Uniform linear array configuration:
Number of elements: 24
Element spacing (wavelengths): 0.75
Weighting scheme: blackman
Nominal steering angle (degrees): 15
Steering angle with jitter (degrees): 13.226
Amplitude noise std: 0.05
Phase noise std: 0.05

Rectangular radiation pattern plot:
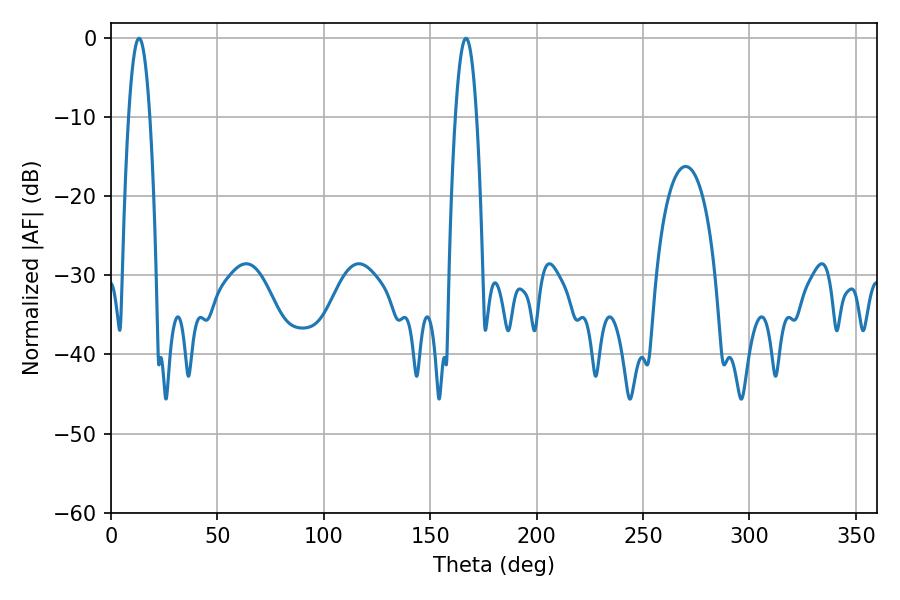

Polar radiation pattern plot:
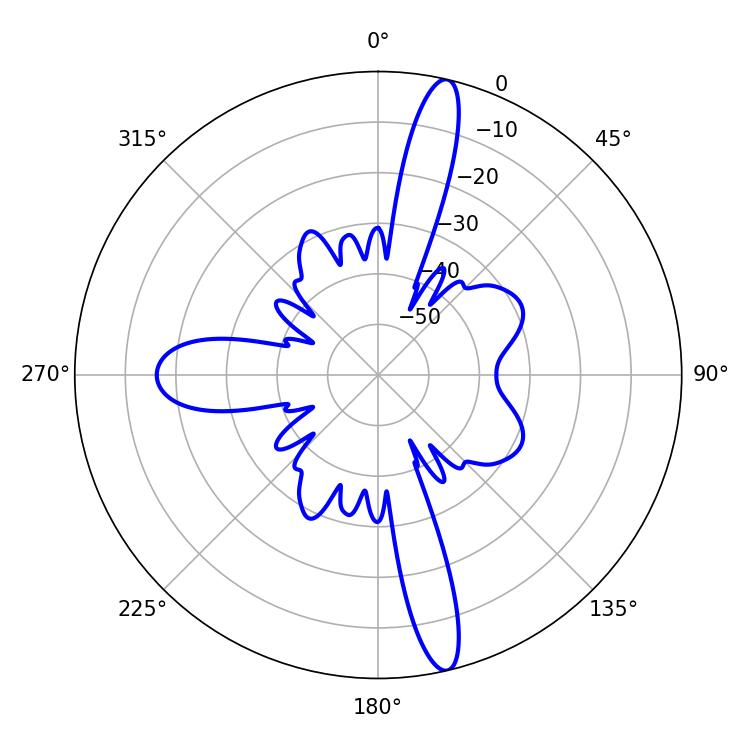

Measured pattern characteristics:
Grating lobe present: TRUE
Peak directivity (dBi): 16.798
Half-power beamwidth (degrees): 5.58
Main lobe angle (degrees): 13.14